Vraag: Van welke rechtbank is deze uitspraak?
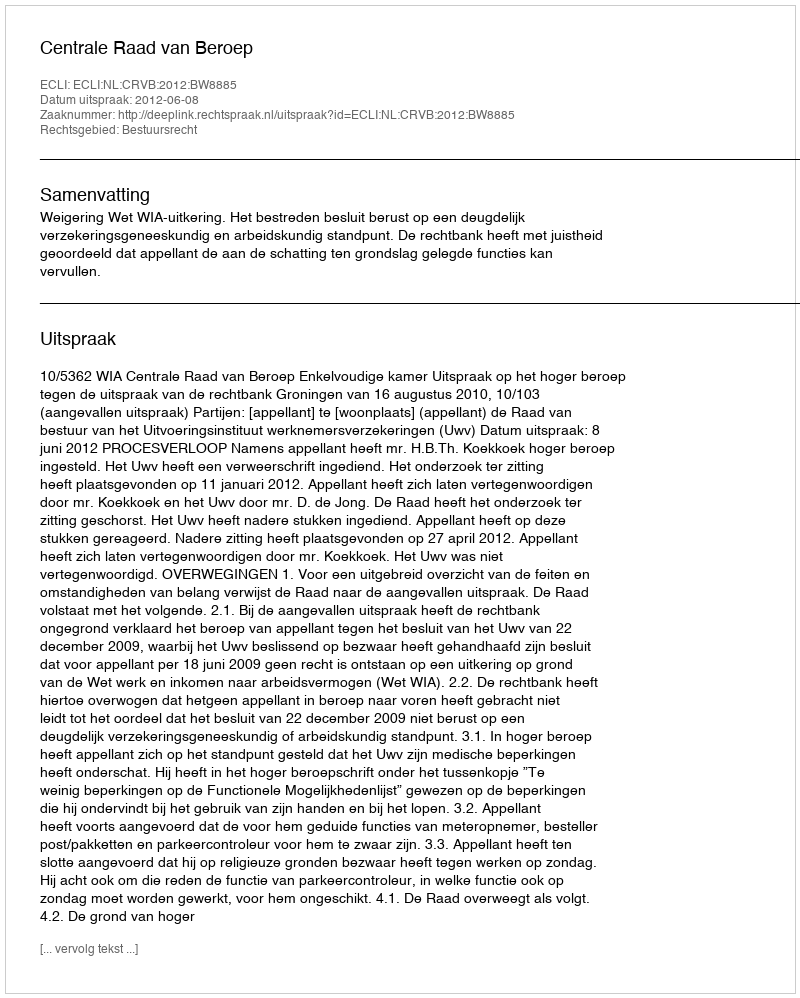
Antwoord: Centrale Raad van Beroep